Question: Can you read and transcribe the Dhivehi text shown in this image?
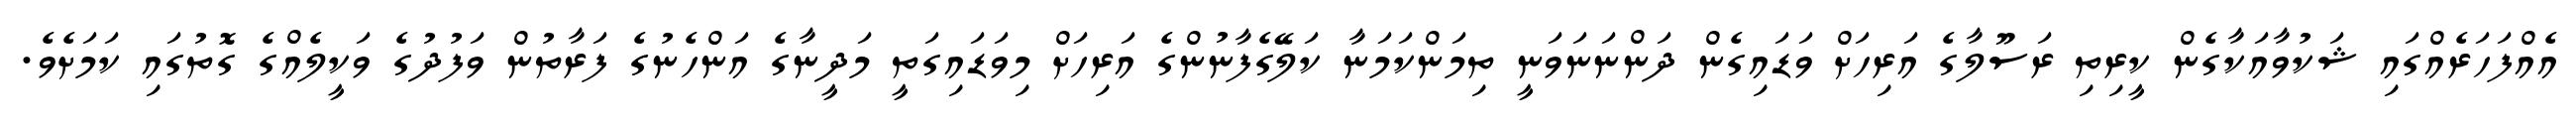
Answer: އެއްފަހަރެއްގައި ޝަކުވާއަކާގެން ކީރިތި ރަސޫލާގެ އަރިހަށް ވަޑައިގެން ދަންނަނަވަނީ ތިމަންކަމަނާ ކަލޭގެފާނުންގެ އަރިހަށް މިވަޑައިގަތީ މަދީނާގެ އަންހެނުގެ ފަރާތުން ވަފުދުގެ ވަކީލެއްގެ ގޮތުގައި ކަމަށެވެ.